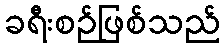
ခရီးစဉ်ဖြစ်သည်